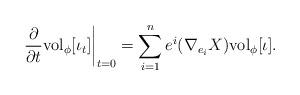
LaTeX: \begin{align*}\left. \frac{\partial}{\partial t} {\rm vol}_{\phi} [\iota_{t}] \right|_{t=0} = \sum_{i=1}^{n} e^{i} (\nabla_{e_{i}} X) {\rm vol}_{\phi} [\iota]. \end{align*}